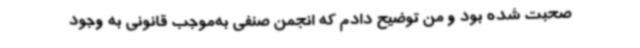
صحبت شده بود و من توضیح دادم که انجمن صنفی به‌موجب قانونی به وجود